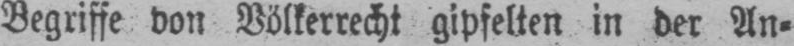
Begriffe von Völkerrecht gipfelten in der An⸗